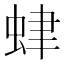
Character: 𧊐